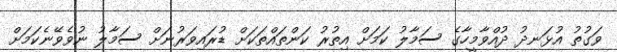
ވަގުތު އުޅަނދު ދުއްވާމީހާގެ ސަމާލު ކަމަށް އިތުރު ކަންތައްތަކަށް ޑުރައިވަރުނަށް ސަމާލު ނުވެވޭނެކަމަށް